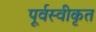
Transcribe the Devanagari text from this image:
पूर्वस्वीकृत